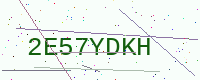
Text: 2E57YDKH